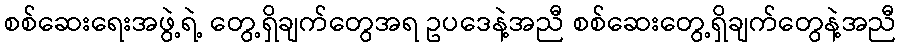
စစ်ဆေးရေးအဖွဲ့ရဲ့ တွေ့ရှိချက်တွေအရ ဥပဒေနဲ့အညီ စစ်ဆေးတွေ့ရှိချက်တွေနဲ့အညီ